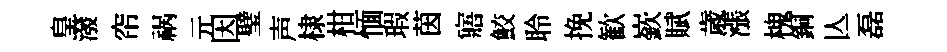
皇潑帘祸元因璧声棣柑愐瑕茵寤鮫聆挽歓嶔賦歳漲槐銅亾磊